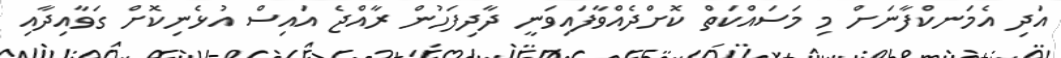
އަދި އެމަނކްފާނަށް މި މަސައްކަތް ކޮށްދެއްވާފައިވަނީ ދާދިފަހުން ރާއްޖެ އައިސް އުޅެނިކޮށް ގަވާއިދާއި